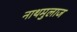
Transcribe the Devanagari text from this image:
नाथमुलाज